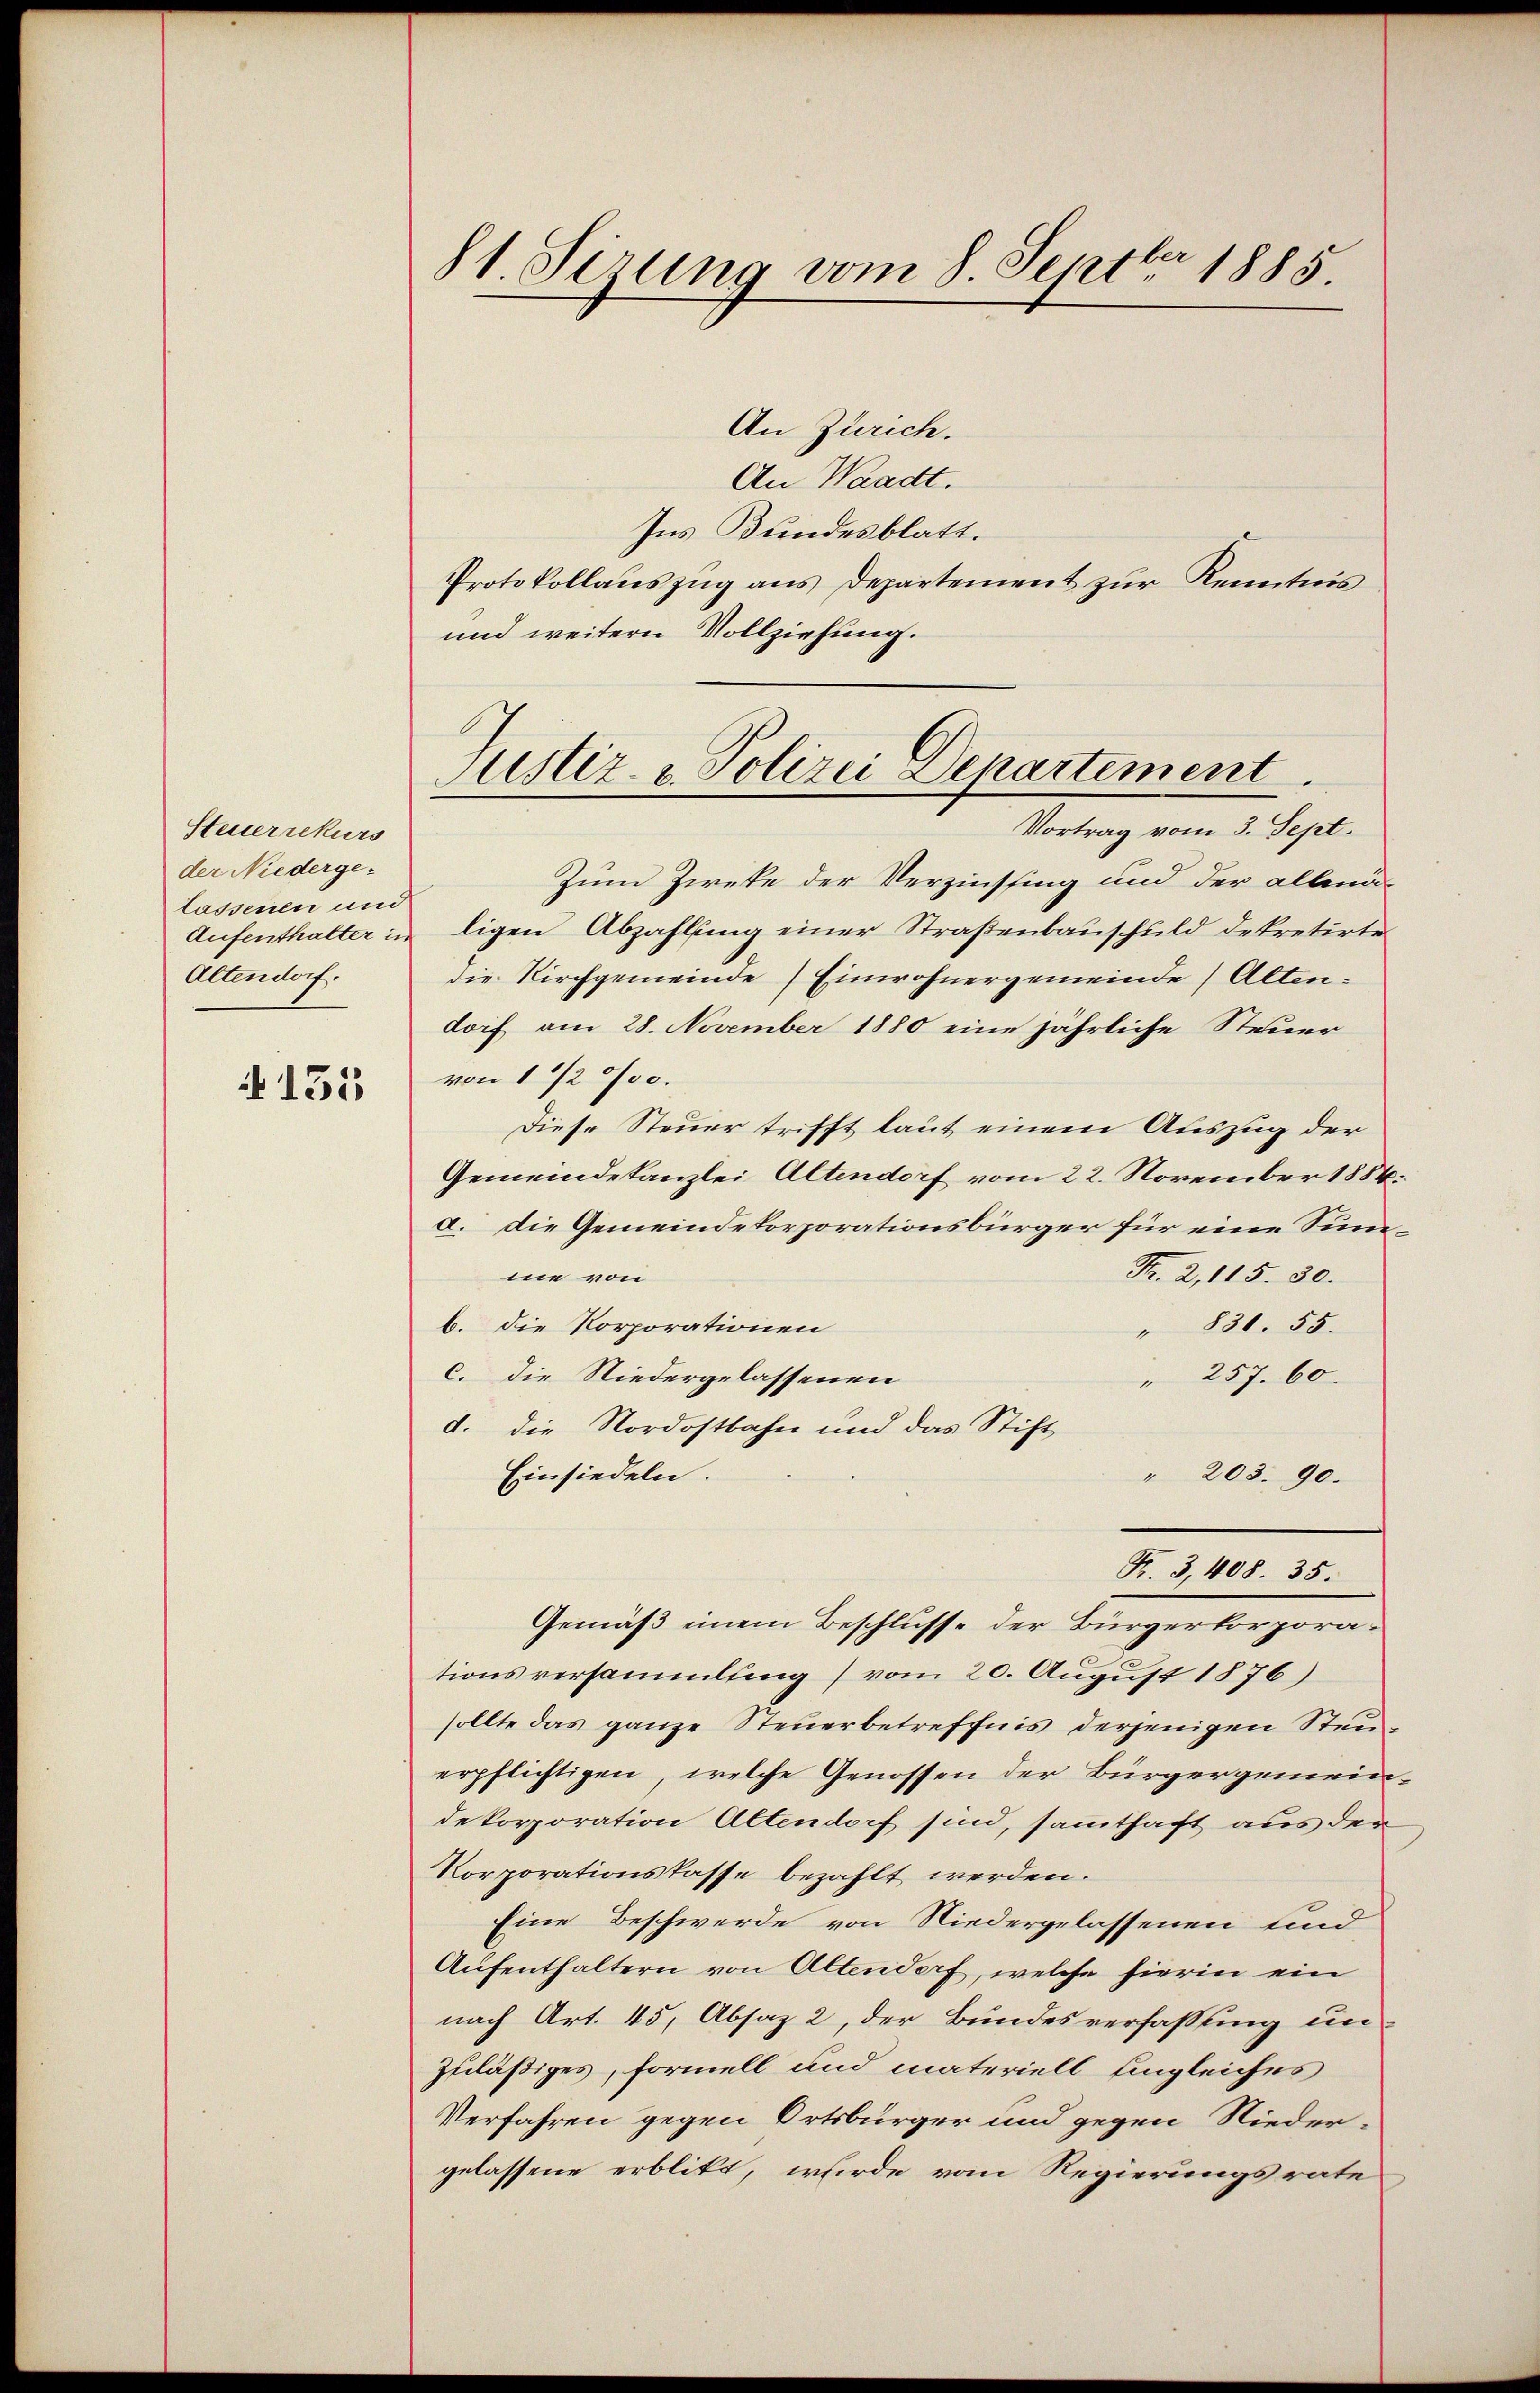
Steuerrekurs
der Niederge-
lassenen und
Aufenthalter in
Altendorf.

4155

81. Sirung vom 8. Septbr 1885.

An Zürich.
An Waadt.
Ins Bundesblatt.
Protokollauszug aus Departement zur Kenntnis
und weitern Vollziehung.
Zum Zwecke der Verzinssing und der allenä-
ligen Abzahlung einer Straßenbauschuld dekretirte
die Kirchgemeinde) Einwohnergemeinde Altendoif am 28. November 1880 eine jährliche Steuer
von 1 1/2 ‰.
Diese Steuer trifft laut einem Auszug der
Gemeindekanzlei Altendorf vom 22. November 1884
a. Die Gemeindekorporationsbürger für eine Sum¬
Fr. 2, 115. 30.
ne von
b. die Korporationen
" 830. 55.
c. Die Niedergelassenen
" 257. 60.
d. Die Nordostbahn und das Stift
Einsiedeln.
" 203. 90.
K. 3, 408. 35.
Gemäß einem Beschlusse der Bürgerkorporationsversammlung) vom 20. August 1876)
sollte das ganze Steuerbetreffnis derjenigen Steuerpflichtigen, welche Genossen der Bürgergemeindekorporation Altendorf sind, samthaft aus der
Korporationsfasse bezahlt werden.
Eine Beschwerde von Niedergelassenen und
Aufenthaltern von Altendorf, welche hierin ein
nach Art. 45, Absaz 2, der Bundesverfassung un
zuläßiges, formell und materiell Eingleiches
Verfahren gegen Ortsbürger und gegen Nieder-
gelassene erblikt, wurde vom Regierungsrate

Justiz- & Polizei Departement
Vortrag vom 3. Sept.